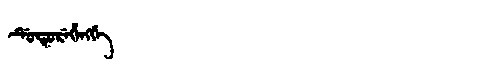
Manchu: ᡩᡠᡨᡠᡵᡝᡥᡝᠩᡤᡝ
Romanization: DUTUREHENGGE